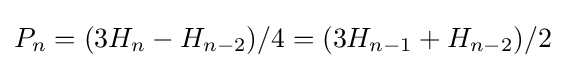
P_{n}=(3H_{n}-H_{n-2})/4=(3H_{n-1}+H_{n-2})/2